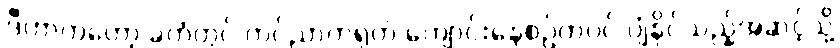
ဒီဟာကတော့ ခဲတံတွင် ကင်ညာတရုတ် ကျောင်းနေစဉ်ကပင် ပျံနိုင်သည့်အဆင့်သို့